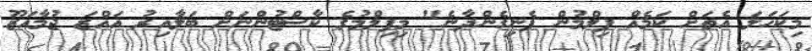
މިކަހަލަ އެތަށް ކަމެއް ފިލްމުން ފެނިގެންދާނެ" މިފިލްމުގެ ކާސްޓުންނަށް ބަލާއިރު އައްޒަ ޖުމާއަޒޫ